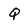
Character: Q